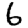
Digit: 6